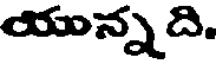
యున్నది.